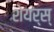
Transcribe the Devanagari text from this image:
शेयर्स्